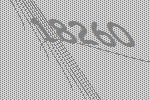
18260